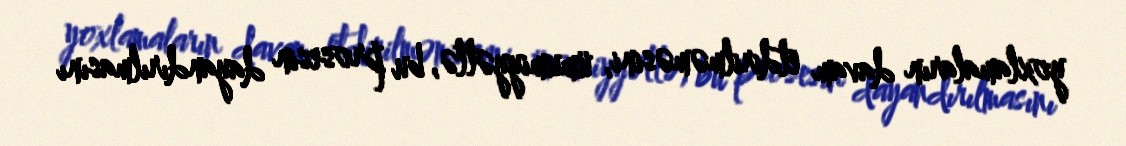
yoxlamaların davam etdirilməməsini, ümumiyyətlə, bu prosesin dayandırılmasını